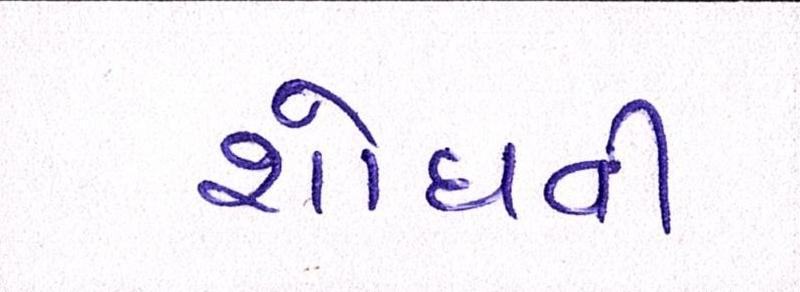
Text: શોધવી